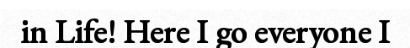
in Life! Here I go everyone I